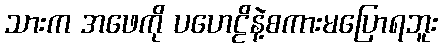
သားက အဖေကို ပဟေဠိနဲ့စကားမပြောရဘူး